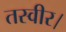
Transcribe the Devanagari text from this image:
तस्वीर।